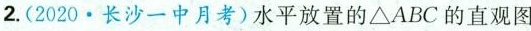
2. (2020·长沙一中月考)水平放置的△ABC的直观图